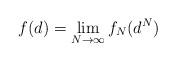
LaTeX: \begin{align*}f(d) = \lim_{N\to\infty} f_N(d^N)\end{align*}